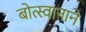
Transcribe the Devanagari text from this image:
बोत्स्वानाने